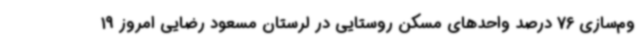
وم‌سازی 76 درصد واحدهای مسکن روستایی در لرستان مسعود رضایی امروز 19